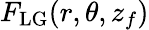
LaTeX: F_{\mathrm{LG}}(r,\theta,z_{f})